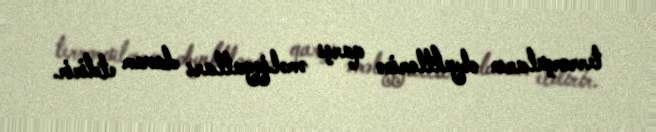
terrorçuların obyektlərinə qarşı əməliyyatları davam etdirir.